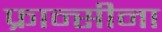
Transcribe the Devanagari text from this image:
फ्रान्सीना